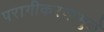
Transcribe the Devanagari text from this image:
परागीकरणामुळे